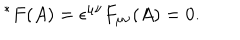
LaTeX: \ ^ { * } F ( A ) = \epsilon ^ { \mu \nu } F _ { \mu \nu } ( A ) = 0 .